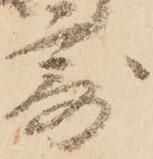
寄